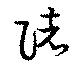
陼